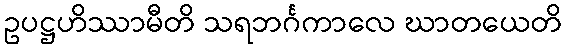
ဥပဋ္ဌဟိဿာမီတိ သရဘင်္ဂကာလေ ဃာတယေတိ